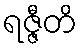
ရဇ္ဇီတိ